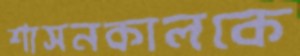
শাসনকালকে